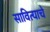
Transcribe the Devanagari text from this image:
सावित्याचे